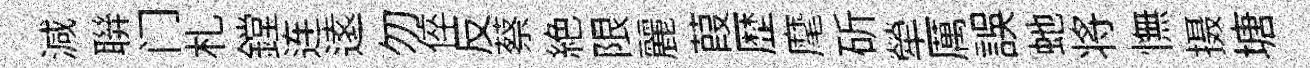
減聨门札鏜连逺勿倅反蔡絶限麗葭歴麾斫犖厲誤虵将憮摄塘